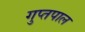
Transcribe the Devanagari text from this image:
गुप्तपाल